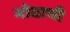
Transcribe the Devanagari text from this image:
मोठाची